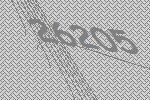
26205